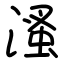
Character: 溞